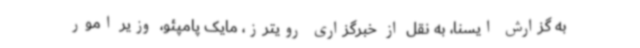
به گزارش ایسنا، به نقل از خبرگزاری رویترز، مایک پامپئو، وزیر امور